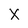
Character: x